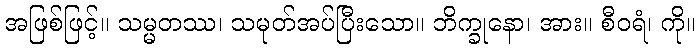
အဖြစ်ဖြင့်။ သမ္မတဿ၊ သမုတ်အပ်ပြီးသော။ ဘိက္ခုနော၊ အား။ စီဝရံ၊ ကို။